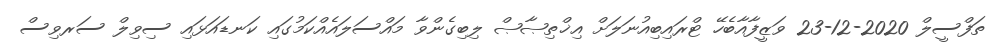
ތަފްސީލް 2020-12-23 ވަޒީފާއާބެހޭ ޓްރައިބިއުނަލަށް އިޚްތިޞާޞް ލިބިގެންވާ މައްސަލައެއްކަމުގައި ކަނޑައަޅައި ސިވިލް ސަރވިސް